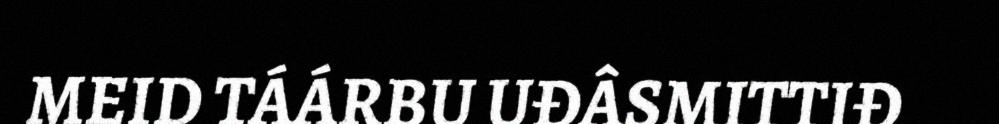
MEID TÁÁRBU UĐÂSMITTIĐ